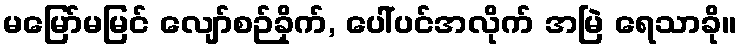
မမြော်မမြင် လျော်စဉ်ခိုက်, ပေါ်ပင်အလိုက် အမြဲ ရေသာခို။